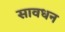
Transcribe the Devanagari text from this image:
सावधन